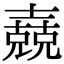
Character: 𡕁